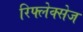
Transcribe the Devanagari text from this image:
रिफ्लेक्सेज